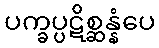
ပက္ခပ္ပဋိစ္ဆန္နံပေ